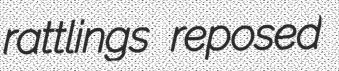
rattlings reposed